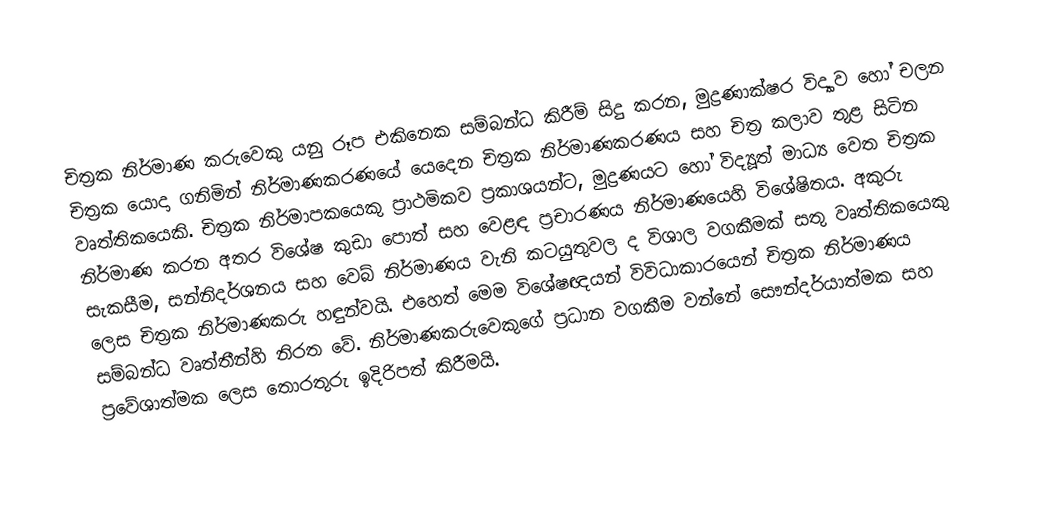
චිත්‍රක නිර්මාණ කරුවෙකු යනු රූප එකිනෙක සම්බන්ධ කිරීම් සිදු කරන, මුද්‍රණාක්ෂර විද්‍යාව හෝ චලන චිත්‍රක යොදා ගනිමින් නිර්මාණකරණයේ යෙදෙන චිත්‍රක නිර්මාණකරණය සහ චිත්‍ර කලාව තුළ සිටින වෘත්තිකයෙකි. චිත්‍රක නිර්මාපකයෙකු ප්‍රාථමිකව ප්‍රකාශයන්ට, මුද්‍රණයට හෝ විද්‍යූත් මාධ්‍ය වෙත චිත්‍රක නිර්මාණ කරන අතර විශේෂ කුඩා පොත් සහ වෙළඳ ප්‍රචාරණය නිර්මාණයෙහි විශේෂිතය. අකුරු සැකසීම, සන්නිදර්ශනය සහ වෙබ් නිර්මාණය වැනි කටයුතුවල ද විශාල වගකීමක් සතු වෘත්තිකයෙකු ලෙස චිත්‍රක නිර්මාණකරු හඳුන්වයි. එහෙත් මෙම විශේෂඥයන් විවිධාකාරයෙන් චිත්‍රක නිර්මාණය සම්බන්ධ වෘත්තීන්හි නිරත  වේ. නිර්මාණකරුවෙකුගේ ප්‍රධාන වගකීම වන්නේ සෞන්දර්යාත්මක සහ ප්‍රවේශාත්මක ලෙස තොරතුරු ඉදිරිපත් කිරීමයි.